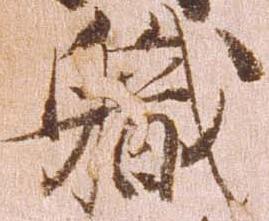
職